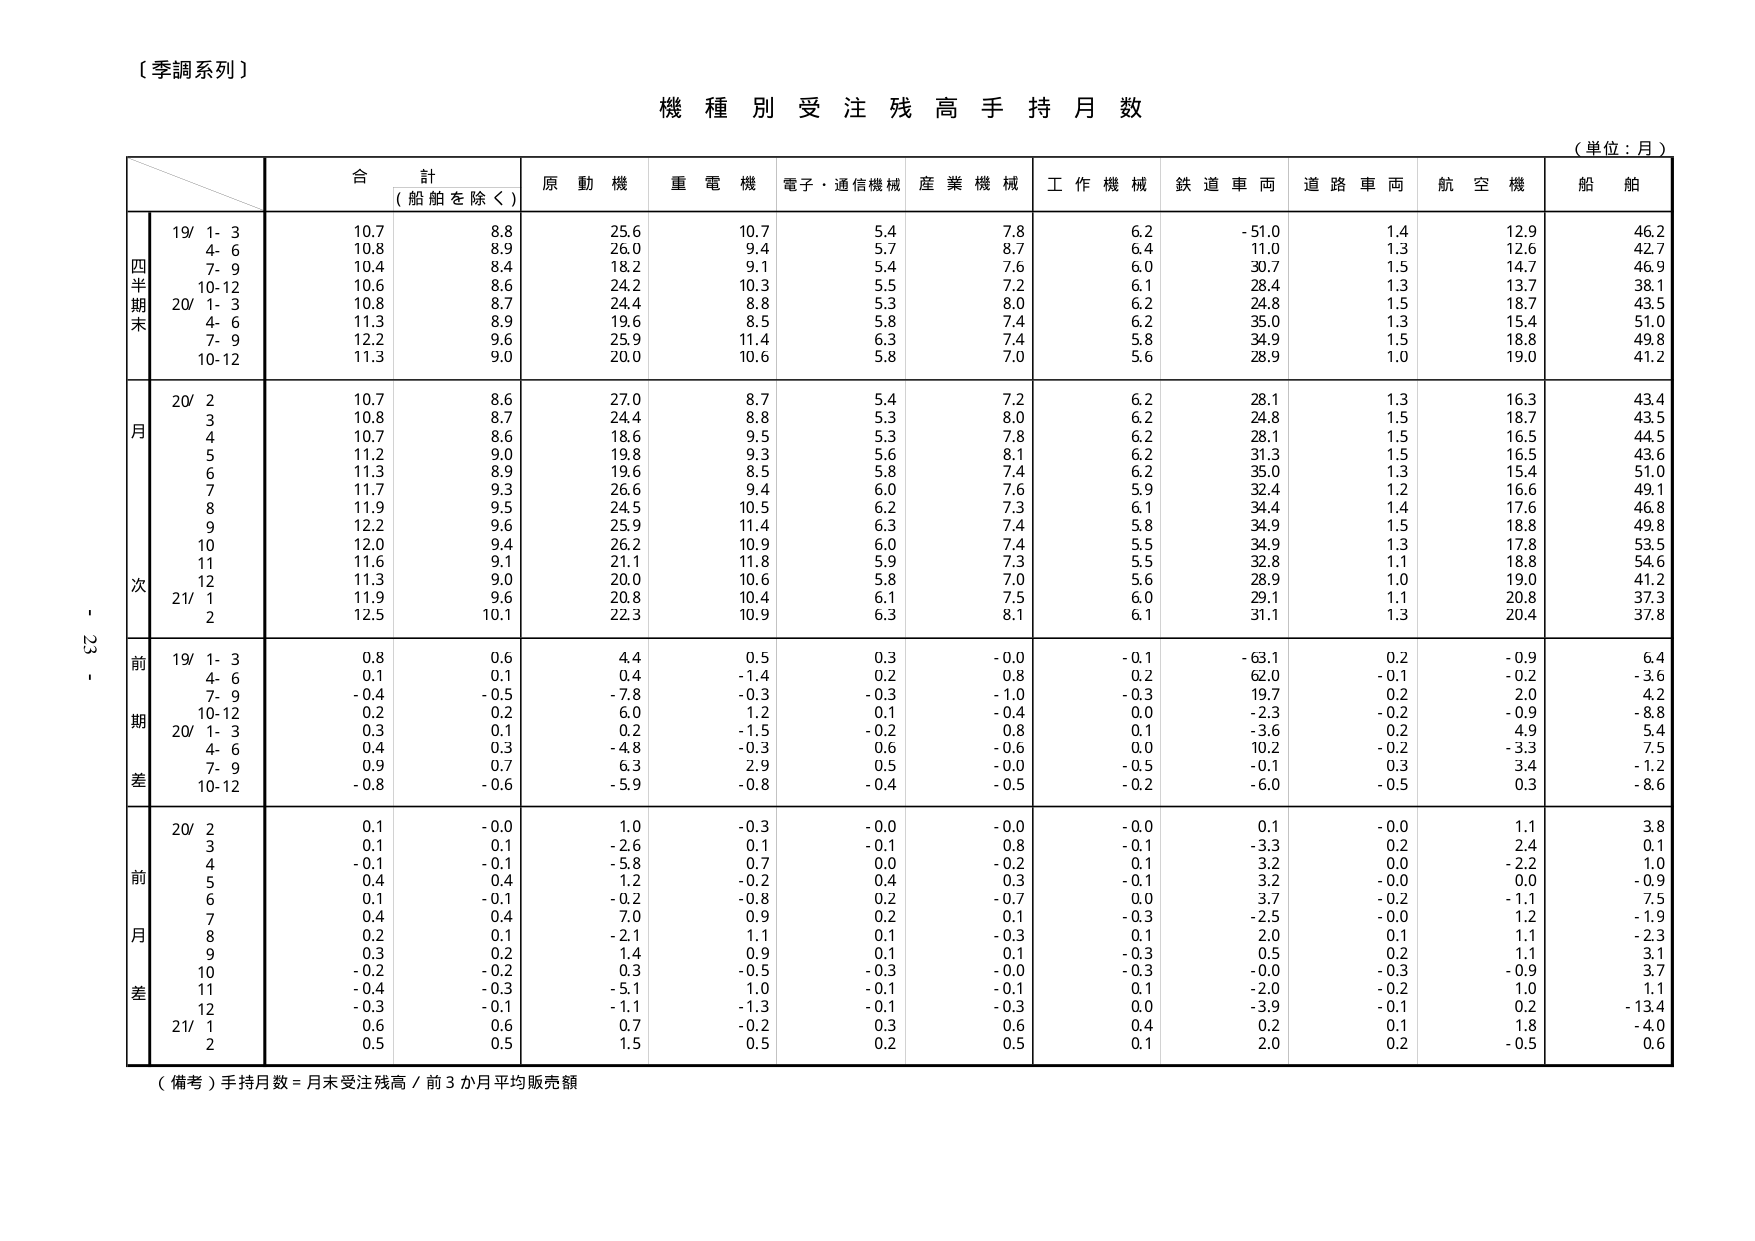
〔季調系列〕

機 種 別 受 注 残 高 手 持 月 数

（単位：月）